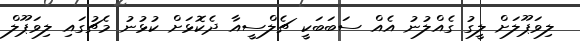
ލިވަޕޫލަށް ލީގު ގެއްލުނު އެއް ސަބަބަކީ ޗެލްސީއާ ދެކޮޅަށް ކުޅުނު މެޗުގައި ލިވަޕޫލް